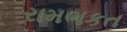
રામભકત